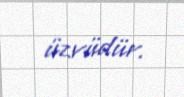
üzvüdür.